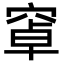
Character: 窧